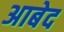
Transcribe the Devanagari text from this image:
अाबेद